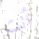
أنت